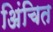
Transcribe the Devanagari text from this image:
अिंचित